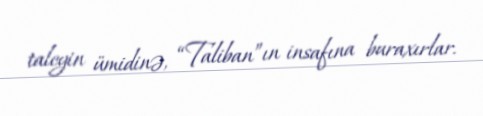
taleyin ümidinə, “Taliban”ın insafına buraxırlar.